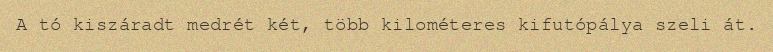
A tó kiszáradt medrét két, több kilométeres kifutópálya szeli át.